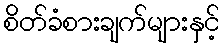
စိတ်ခံစားချက်များနှင့်